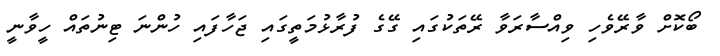
ބޯކޮށް ވާރޭވެހި ވިއްސާރަވާ ރޭތަކުގައި ގޭގެ ފުރާޅުމަތީގައި ޖަހާފައި ހުންނަ ޓިނުތައް ހީވާނީ